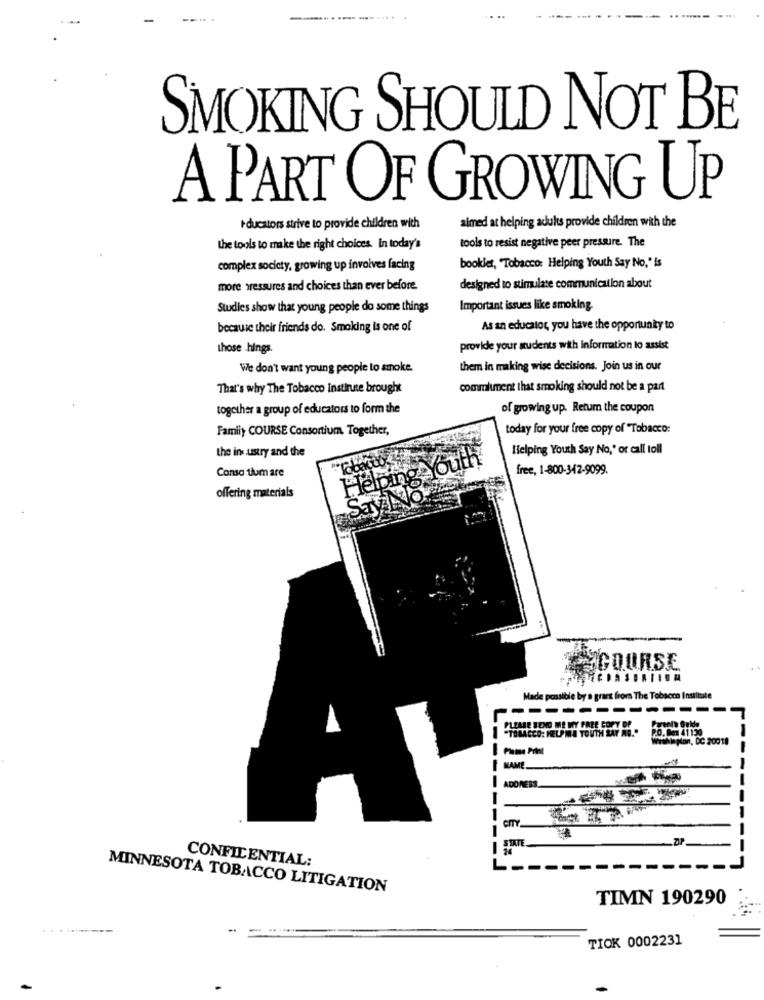
SMOKING SHOULD NOT BE
A PART OF GROWING UP
aimed at helping adults provide children with the
educators strive to provide children with
the tools to make the right choices. In today's
tools to resist negative peer pressure. The
complex society, growing up involves facing
booklet, "Tobacco: Helping Youth Say No," is
more pressures and choices than ever before.
designed to stimulate communication about
Studies show that young people do some things
Important issues like smoking.
because their friends do. Smoking is one of
As an educator, you have the opportunity to
those hings.
provide your students with information to assist
We don't want young people to smoke.
them in making wise decisions. Join us in our
That's why The Tobacco instirute brought
commliment that smoking should not be a part
together a group of educators to form the
of growing up. Return the coupon
Family COURSE Consortium Together,
today for your free copy of Tobacco:
the industry and the
Helping Youth Say No,' or call toll
Helping Outh
Conso tlum are
Tobare
free, 1-800-342-9099.
offering materials
Say No
MICOURSE
Made possibile by a grant froms The Tobacco Institute
nsaltate
-
"TOBACCO: HELPMA YOUTH SAY NO."
PLEASE SEND ME MY FREE COPY DP
20. Ben 41130
wwwhin Mon, DC 2
. DC 20018
NAME
ADONESS.
----
CITY
STATE.
CONFIDENTIAL:
MINNESOTA TOBACCO LITIGATION
TIMN 190290
TIOK 0002231